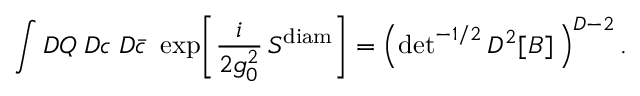
\int { \cal D } Q \; { \cal D } c \; { \cal D } { \bar { c } } ~ \exp \! \left[ \frac { i } { 2 g _ { 0 } ^ { 2 } } \, S ^ { \mathrm { d i a m } } \right] = \left( \mathrm { d e t } ^ { - 1 / 2 } \, D ^ { 2 } [ B ] \, \right) ^ { D - 2 } .